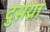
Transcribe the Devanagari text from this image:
दुसय्रा